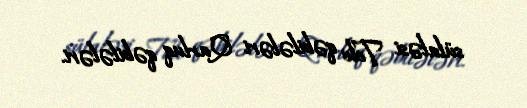
sülaləsi Tele qəbilələri Qarluq qəbilələri.